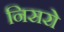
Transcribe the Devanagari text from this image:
निसरो